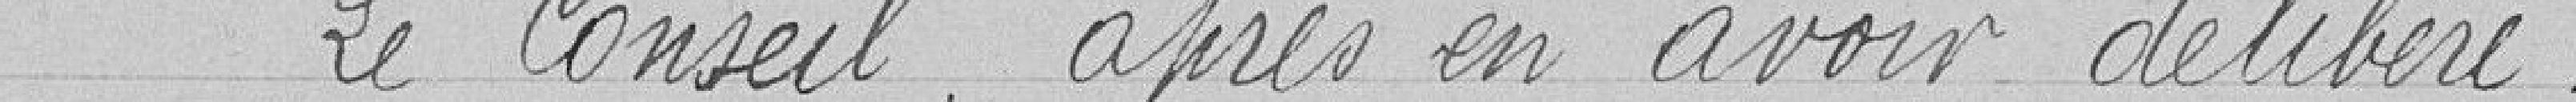
Le Conseil, après en avoir délibéré.